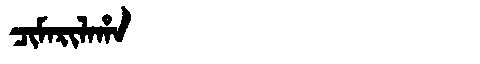
Manchu: ᠴᡳᠮᠠᡵᡳᠯᠠᡥᠠ
Romanization: CIMARILAHA